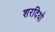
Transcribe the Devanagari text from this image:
शरदियो